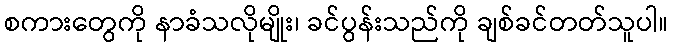
စကားတွေကို နာခံသလိုမျိုး၊ ခင်ပွန်းသည်ကို ချစ်ခင်တတ်သူပါ။